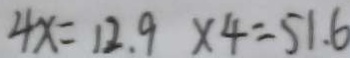
4 x = 1 2 . 9 \times 4 = 5 1 . 6